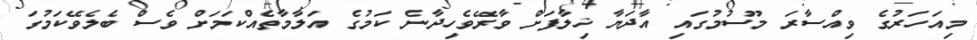
މިއަހަރުގެ ވިއްސާރަ މޫސުމުގައި އާދަޔާ ޚިލާފަށް ވާރޭވެހިދާނެ ކަމުގެ އަލާމާތެއްކަމަށް ވެސް ބެލެވޭކަމުގަ